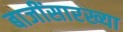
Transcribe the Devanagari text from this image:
बाजींसारख्या